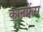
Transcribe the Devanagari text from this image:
कानफ्रेंस